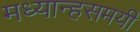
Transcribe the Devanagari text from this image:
मध्यान्हसमयी